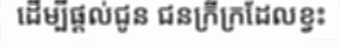
ដើម្បីផ្តល់ជូន ជនក្រីក្រដែលខ្វះ